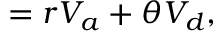
= r V _ { a } + \theta V _ { d } ,